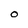
Character: O